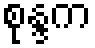
စုန္ဒက